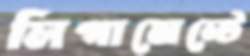
লিগামেন্টে